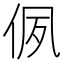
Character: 㑉